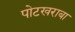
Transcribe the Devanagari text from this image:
पोटखराबा